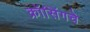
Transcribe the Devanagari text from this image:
क्रॉसिंगचे